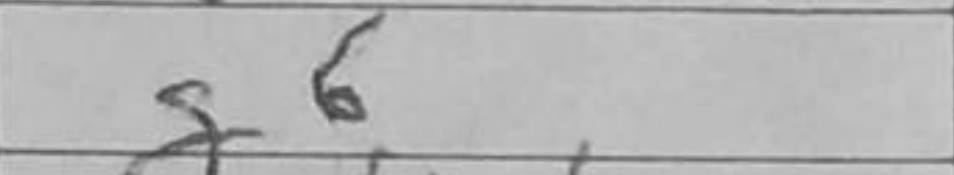
Transcription: g6